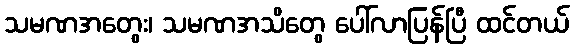
သမဏအတွေး၊ သမဏအသိတွေ ပေါ်လာပြန်ပြီ ထင်တယ်